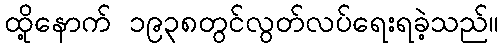
ထို့နောက် ၁၉၃၈တွင်လွတ်လပ်ရေးရခဲ့သည်။